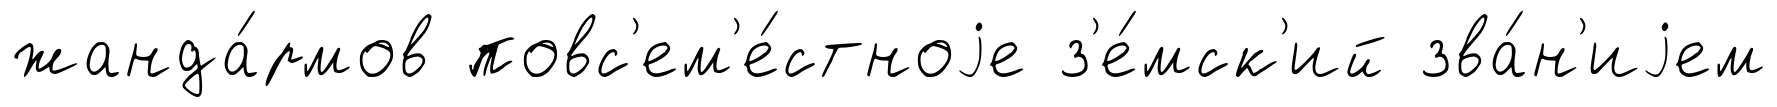
жанда́рмов повс'ем'е́стноjе з'е́мск'ий зва́н'иjем